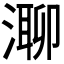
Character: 𣼾